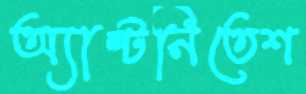
অ্যান্টনিতেশ